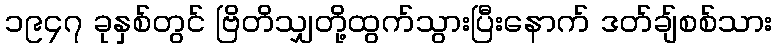
၁၉၄၇ ခုနှစ်တွင် ဗြိတိသျှတို့ထွက်သွားပြီးနောက် ဒတ်ချ်စစ်သား